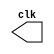
/*
-------------------------------------
PUC-Minas - Cincia da Computao 
ARQ1  Guia 06 
Perodo: 05-09/09/2011 
Mateus Augusto Moraes Ferreira   Matricula:435669
------------------------------------- 
Tema: Introduo  linguagem Verilog 
Atividade: Circuitos sequenciais 
------------------------------------------------
05.) Projetar e descrever em Verilog um mdulo 
gerador de pulso (p u lse ) com frequncia igual 
ao triplo da frequncia (um tero do perodo)  
do gerador do Exemplo0041.v. 
O nome do arquivo dever ser Exemplo0065.v. 
Incluir previso de testes e verificao da 
carta de tempo usando GTKWave. 
------------------------------------------------
*/
 
// ---------------------------
// -- test pulse generator (5)
// ---------------------------

//--------------------------------
module clock ( clk );

output clk;
reg    clk;

initial begin
   clk = 1'b0;
  end
always begin
   #8 clk = ~clk;
  end
endmodule
//--------------------------------
module pulse ( signal, clock );

input  clock;
output signal;
reg signal;

always @ ( clock ) begin
    signal = 1'b1;
#8  signal = 1'b0;
#8  signal = 1'b1;
#8  signal = 1'b0;
end
endmodule //pulse
//--------------------------------
module Exemplo0065;

wire  clock;
clock clk ( clock );
wire  p1;
pulse   pulse1   ( p1, clock );

initial begin
  $display  ( "Mateus Augusto Moraes Ferreira   Matricula:435669");
  $dumpfile ( "Exemplo0065.vcd" );
  $dumpvars ( 1, clock, p1);
#376 $finish;

end

endmodule // exemplo0065
//--------------------------------